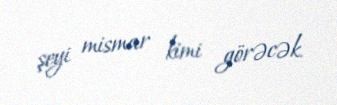
şeyi mismar kimi görəcək.